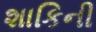
શાકિની